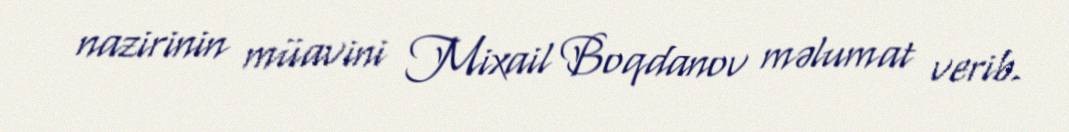
nazirinin müavini Mixail Boqdanov məlumat verib.